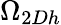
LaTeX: \Omega_{2Dh}